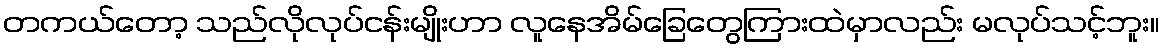
တကယ်တော့ သည်လိုလုပ်ငန်းမျိုးဟာ လူနေအိမ်ခြေတွေကြားထဲမှာလည်း မလုပ်သင့်ဘူး။